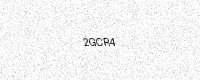
Text: 2GCR4